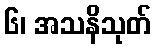
၆၊ အသနိသုတ်